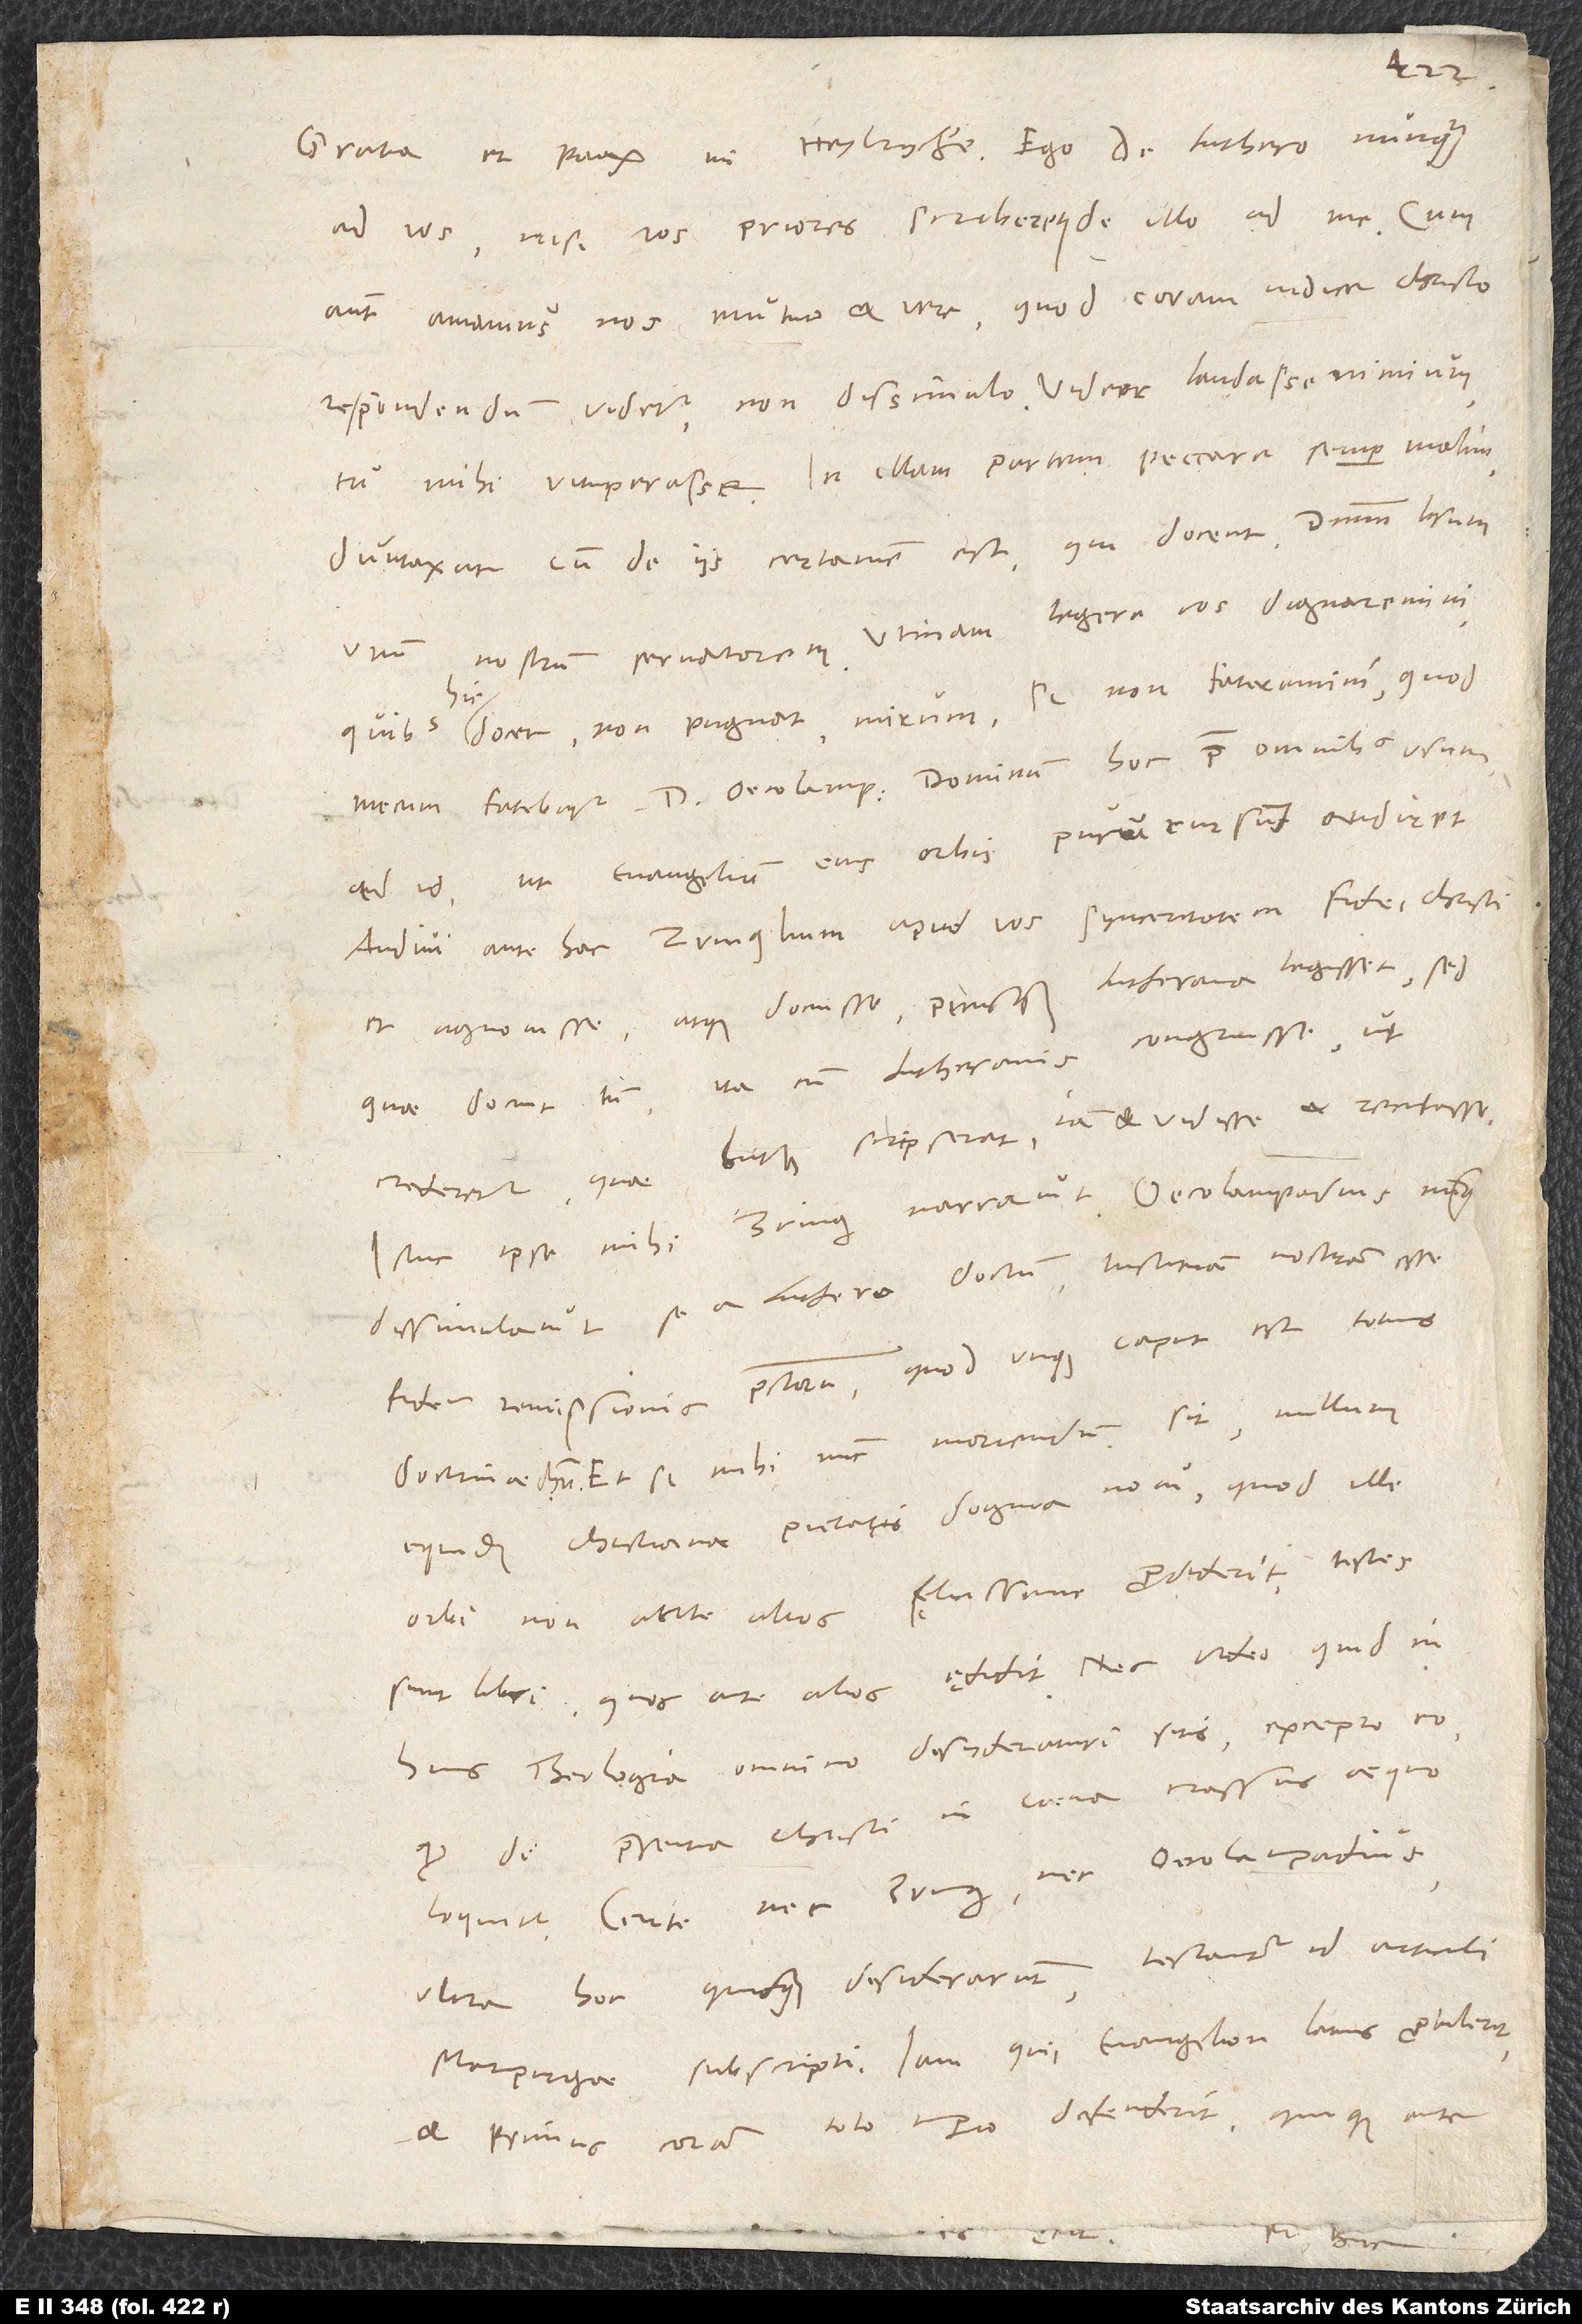
ad vos, nisi vos priores scriberetis de illo ad me. Cum
autem amamus nos mutuum et vere, quod coram iudice Christo
respondendum videtur, non dissimulo. Videor laudasse nimium,
tu mihi vituperasse. In illam partem peccare semper malim,
duntaxat cum de iis certamen est, qui docent dominum Iesum
unum nostrum servatorem. Utinam legere vos dignaremini,
docet, non pugnat. Mirum, si non fateremini, quod
mecum fatebatur d. Oecolampadius, dominum hoc prae omnibus usum
ad id, ut evangelium eius orbis purum rursum audiret.
Audivi antehac Zvinglium apud vos synceritatem fidei Christi
et agnovisse atque docuisse, priusquam Lutherana legisset, sed
quae docuit tum ita cum Lutheranis congruisse, ut
crederetur, quae Lutherus scripserat, iam et vidisse et recitasse.
Istuc ipse mihi Zvinglius narravit. Oecolampadius nunquam
dissimulavit se a Luthero doctum iustitiam nostram esse
fidem remissionis peccatorum, quod utique caput est totius
doctrinae Christi. Et si mihi nunc moriendum sit, nullum
equidem christianae pietatis dogma novi, quod ille
orbi non ante alios fęlicissime prodiderit. Testes
sunt libri, quos ante alios aedidit. Nec video, quid in
huius theologia omnino desideraturi sitis excepto eo,
quod de praesentia Christi in coena crassius aequo
loquitur. Certe nec Zvinglius nec Oecolampadius
ultra hoc quicquam desiderarunt. Testantur id articuli
Marpurgae subscripti. Iam qui evangelion latius praetulerit
et primus coram toto imperio defenderit quique ante